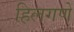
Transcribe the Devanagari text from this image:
हिलगणें